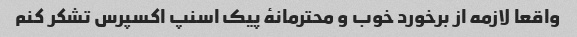
واقعا لازمه از برخورد خوب و محترمانهٔ پیک اسنپ اکسپرس تشکر کنم